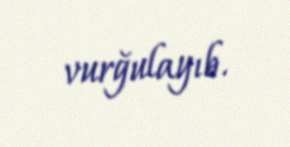
vurğulayıb.